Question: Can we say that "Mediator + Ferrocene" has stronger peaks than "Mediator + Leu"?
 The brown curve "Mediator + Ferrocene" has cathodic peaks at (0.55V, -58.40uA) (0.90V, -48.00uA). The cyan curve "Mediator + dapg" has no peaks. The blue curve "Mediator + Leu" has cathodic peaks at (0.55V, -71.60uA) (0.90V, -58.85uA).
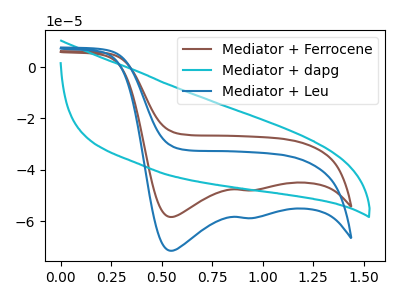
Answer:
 <answer>Every peak in "Mediator + Ferrocene" is lower than every peak in "Mediator + Leu".</answer>
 <eval>lower</eval>